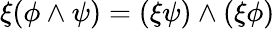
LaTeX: \xi(\phi\wedge\psi)=(\xi\psi)\wedge(\xi\phi)